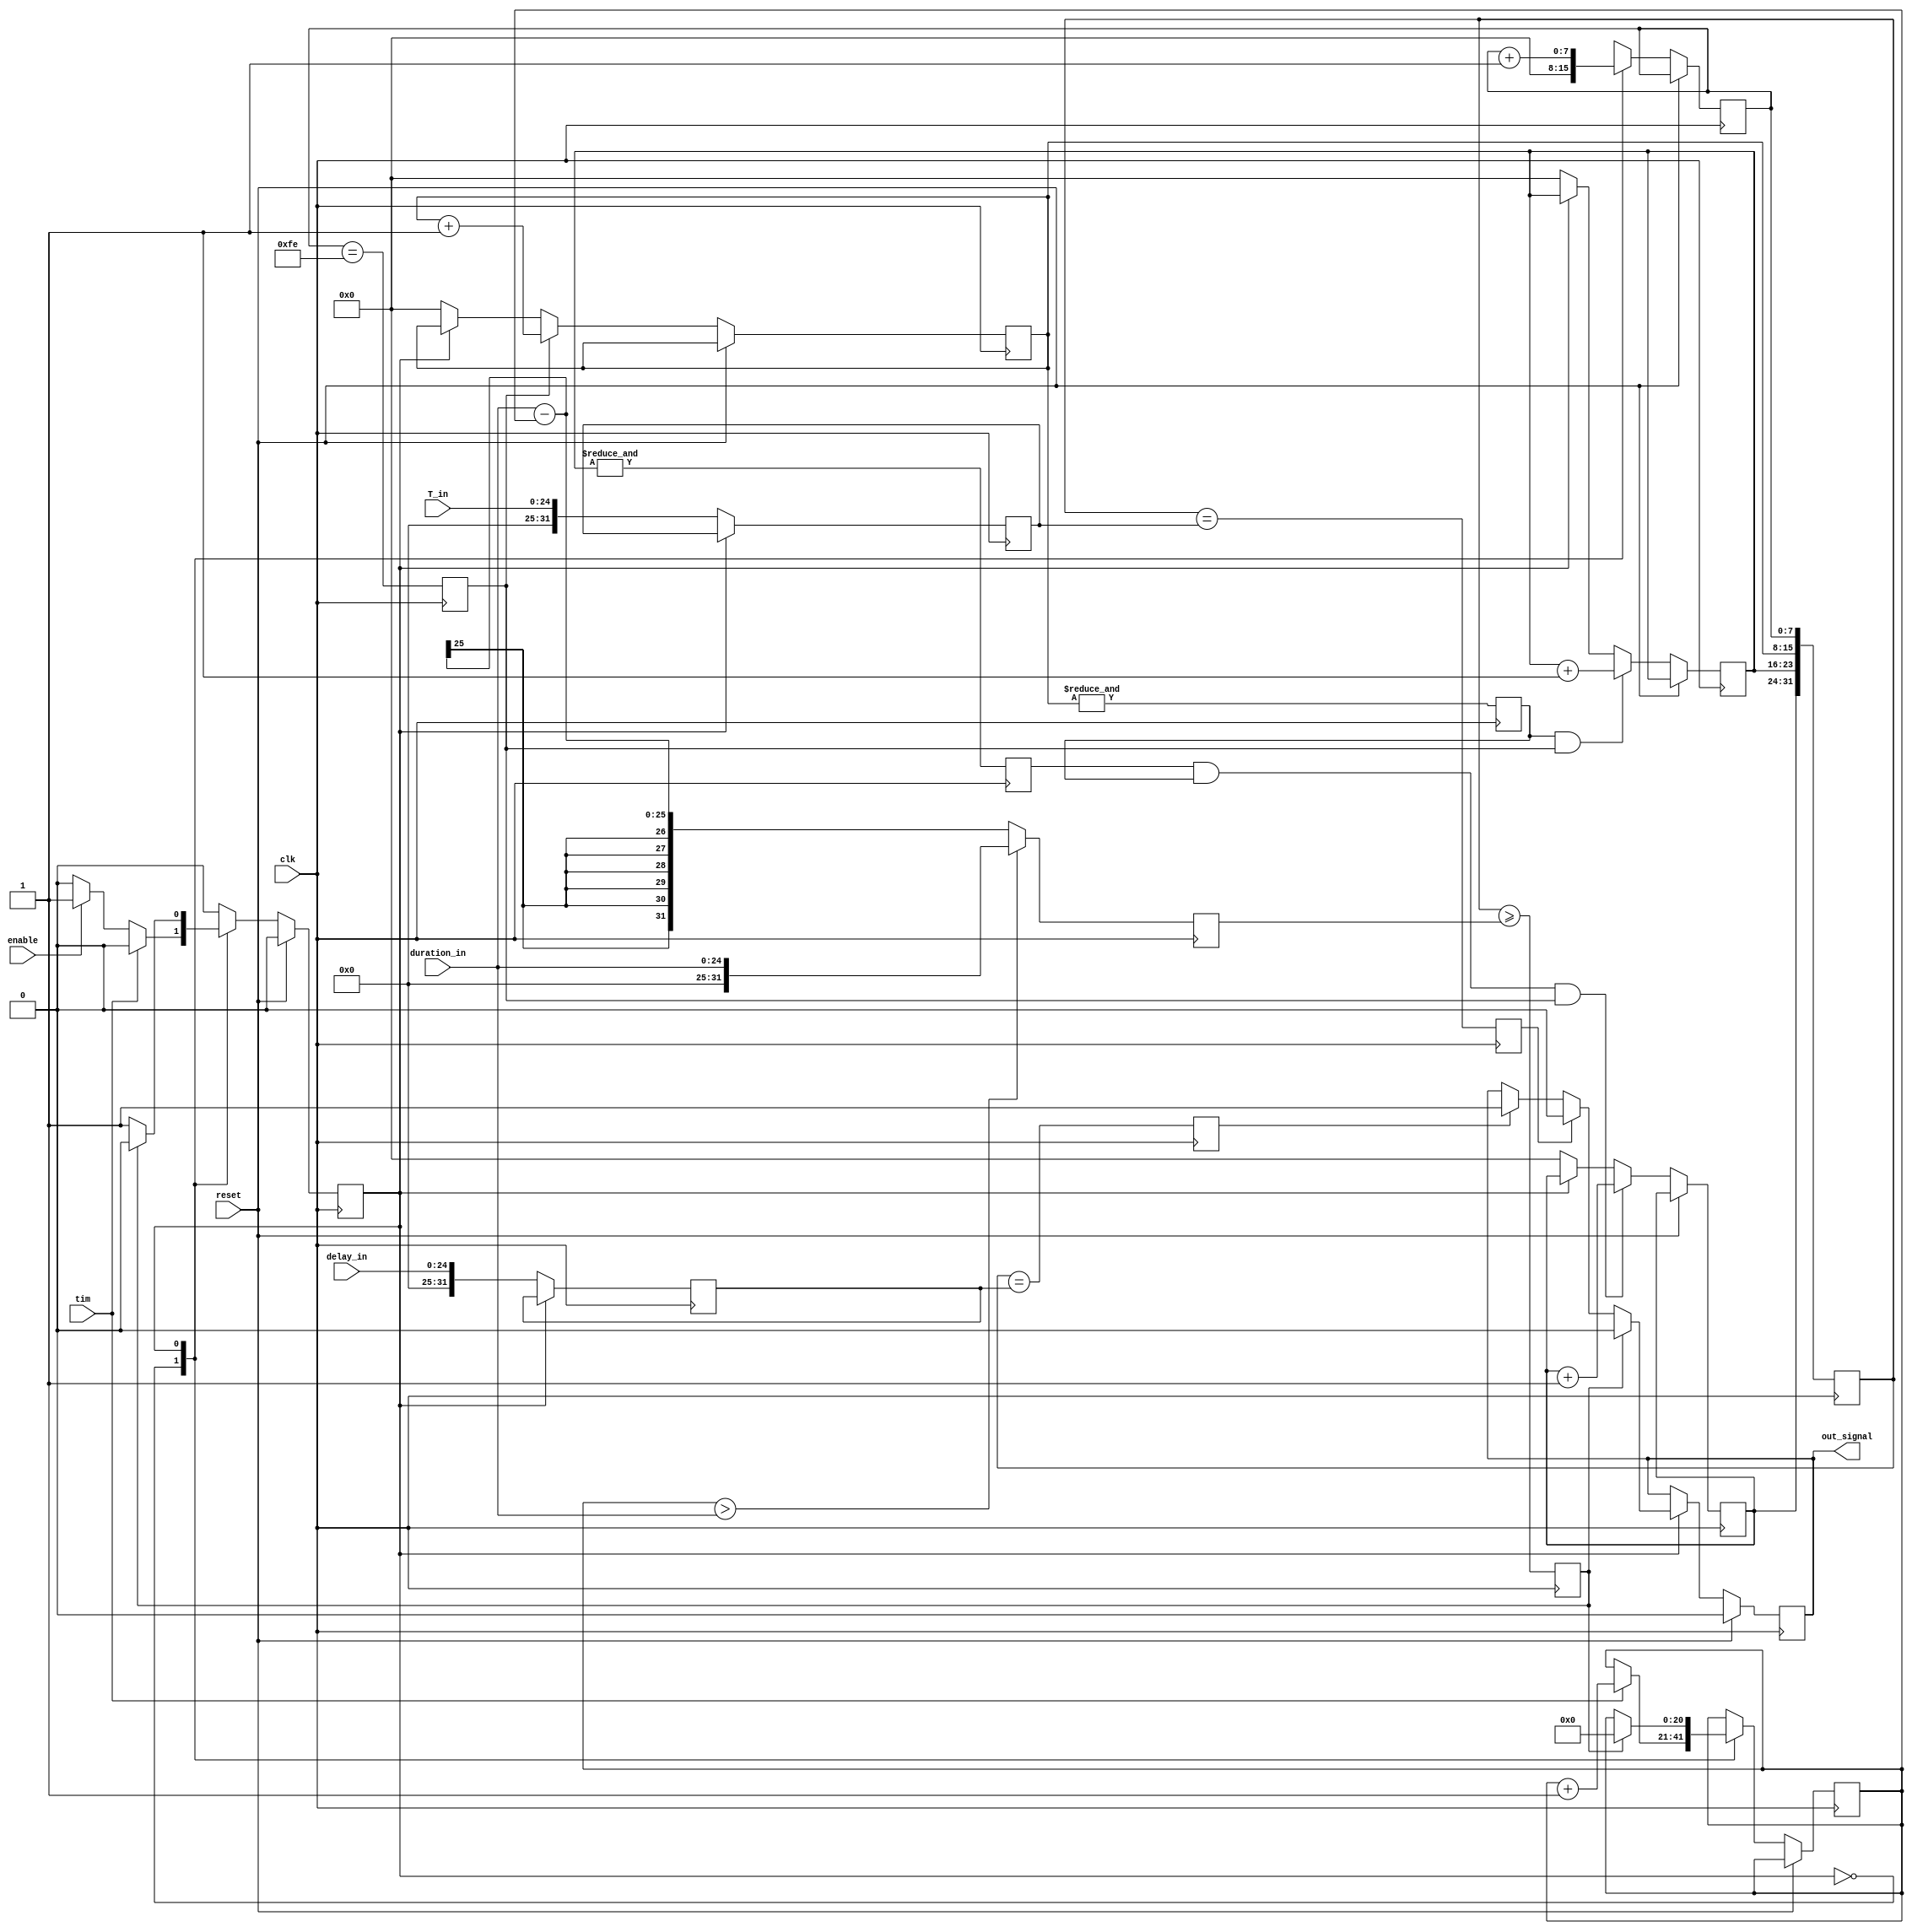
module pulse_gen_tim
#(parameter WIDTH=25)
 
(
	input clk, enable, reset,
	input tim, //     
	input [WIDTH-1:0] delay_in,
	input [WIDTH-1:0] duration_in,
	input [WIDTH-1:0] T_in,	
	output reg out_signal=0
);

//	reg[WIDTH-1:0] count=0;//	
	reg [7:0] count [3:0];
	reg[31:0] value; 
	
	reg		state=0;
	localparam S0 = 1'b0, S1 = 1'b1;
	reg [31:0] duration=0;
	reg [31:0] pulse_time=0;
	reg [31:0] delay=0;
	reg[20:0] count_tim=0;//
	
	reg equality_delay;
	reg equality_time;
	reg equality_dur;
	reg equality_zero;
	
	reg cout1=0;
	reg cout2=0;
	reg cout3=0;
always @ (posedge clk )//or posedge reset
begin		
	if (reset) begin
		out_signal<=1'b0;
		state <= S0;end			
	else begin
		case (state)
			S0:begin
			  count[0] <= 8'd0;
			  count[1]    <= 8'd0;
			  count[2]    <= 8'd0;
			  count[3]    <= 8'd0; 
			  
			if(tim)count_tim<=count_tim+1'b1;
			else if (enable) begin
//					count_tim_zad<=count_tim;
				state <= S1;						
			end						


				
			end 
			
			S1:begin
		
				if (equality_delay)
					out_signal<=1'b1;					
						
				if (equality_time)
					out_signal<=1'b0;	
			
				
				if (equality_dur)					
				begin
					out_signal<=1'b0;
					state <= S0;
					count_tim<=21'd0;						
				end
						  
			  count[0] <= count[0] + 8'd1;  
			end				
			default:state <= S0;
			endcase
			
			if(cout1)count[1]  <=count[1]+8'd1;
			if(cout2&&cout1)count[2]  <= count[2]+8'd1;
			if(cout3&&cout2&&cout1)count[3] <= count[3]+8'd1;	
			
	end	
end
	
	
always @ (posedge clk )begin			
	 equality_time<=value==pulse_time;
	 equality_delay<=value==delay;
	 equality_dur<=(value>=duration);			
	if(state==S0)	begin						 
		 pulse_time<=T_in;	 
		 delay<=delay_in;	
	end 
	 
	if(count_tim>duration_in)
		duration<=duration_in;
	else duration<=duration_in-count_tim;
	 
	 cout1<=(count[0]==8'hfe);				  
	 cout2<=&count[1];//(==8'hff)
	 cout3<=&count[2];//(count[2]==8'hff)					 

	 value[(7):(0)] <= count[0];
	 value[(15):(8)] <= count[1];
	 value[(23):(16)] <= count[2];
	 value[(31):(24)] <= count[3];
end
endmodule




					
	//(value[7:0]== pulse_time[7:0])&&(value[15:8]== pulse_time[15:8])&&(value[23:16]== pulse_time[23:16])&&(value[31:24]== pulse_time[31:24]);	
	//(value[7:0]==delay[7:0])&&(value[15:8]==delay[15:8])&&(value[23:16]==delay[23:16])&&(value[31:24]==delay[31:24]);
	//(value[7:0]== duration[7:0])&&(value[15:8]== duration[15:8])&&(value[23:16]== duration[23:16])&&(duration[31:24]== duration[31:24]);